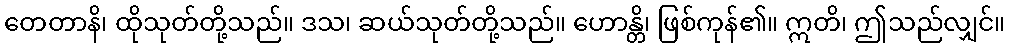
တေတာနိ၊ ထိုသုတ်တို့သည်။ ဒသ၊ ဆယ်သုတ်တို့သည်။ ဟောန္တိ၊ ဖြစ်ကုန်၏။ ဣတိ၊ ဤသည်လျှင်။